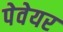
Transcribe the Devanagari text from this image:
पेवेयर